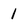
Character: 1